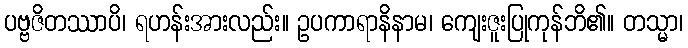
ပဗ္ဗဇိတဿာပိ၊ ရဟန်းအားလည်း။ ဥပကာရာနိနာမ၊ ကျေးဇူးပြုကုန်ဘိ၏။ တသ္မာ၊